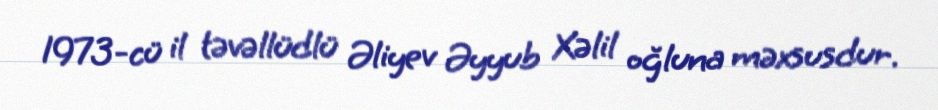
1973-cü il təvəllüdlü Əliyev Əyyub Xəlil oğluna məxsusdur.